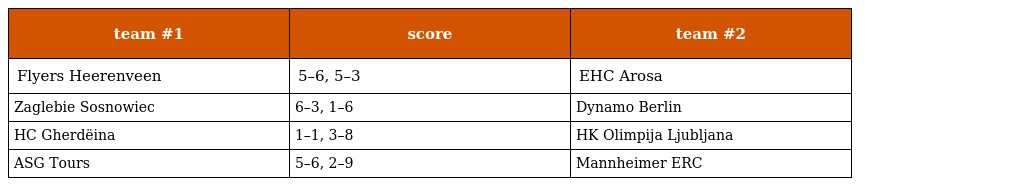
| team #1 | score | team #2 |
 | --- | --- | --- |
 | Flyers Heerenveen | 5–6, 5–3 | EHC Arosa |
 | Zaglebie Sosnowiec | 6–3, 1–6 | Dynamo Berlin |
 | HC Gherdëina | 1–1, 3–8 | HK Olimpija Ljubljana |
 | ASG Tours | 5–6, 2–9 | Mannheimer ERC |